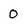
Character: 0